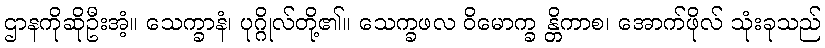
ဌာနကိုဆိုဦးအံ့။ သေက္ခာနံ၊ ပုဂ္ဂိုလ်တို့၏။ သေက္ခဖလ ဝိမောက္ခ န္တိကာစ၊ အောက်ဖိုလ် သုံးခုသည်